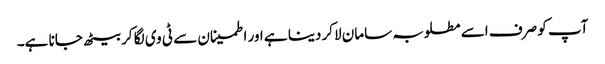
آپ کو صرف اسے مطلوبہ سامان لاکر دینا ہے اور اطمینان سے ٹی وی لگا کر بیٹھ جانا ہے۔